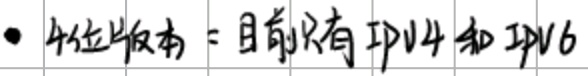
- 4位版本 = 目前只有IPv4和IPv6